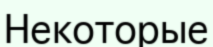
Некоторые